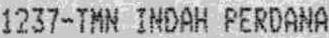
1237-TMN INDAH PERDANA